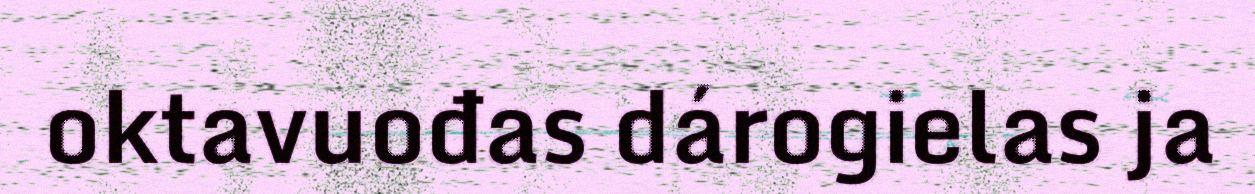
oktavuođas dárogielas ja